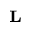
\scriptstyle { \mathbf { L } }